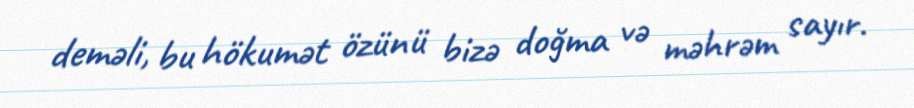
deməli, bu hökumət özünü bizə doğma və məhrəm sayır.